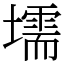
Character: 壖